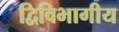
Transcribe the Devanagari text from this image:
द्विविभागीय